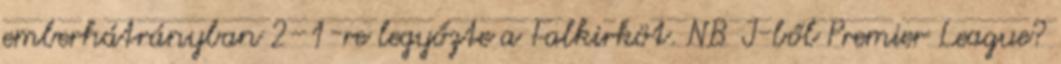
emberhátrányban 2–1-re legyőzte a Falkirköt. NB I-ből Premier League?